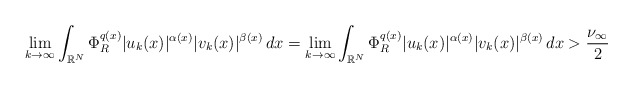
\begin{align*} \lim_{k\to \infty}\int_{\mathbb{R}^{N}} \Phi_{R}^{q(x)}|u_{k}(x)|^{\alpha(x)}|v_{k}(x)|^{\beta(x)}\,dx = \lim_{k\to \infty}\int_{\mathbb{R}^{N}} \Phi_{R}^{q(x)}|u_{k}(x)|^{\alpha(x)}|v_{k}(x)|^{\beta(x)}\,dx > \frac{\nu_{\infty}}{2} \\ \end{align*}